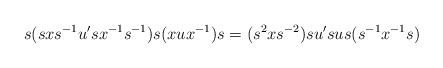
LaTeX: \begin{align*}s(sxs^{-1}u'sx^{-1}s^{-1})s(xux^{-1})s = (s^2xs^{-2})su'sus(s^{-1}x^{-1}s)\end{align*}